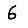
Digit: 6